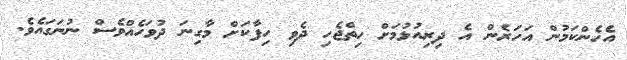
އެހެންކަމުން އަހަރެން އެ ދިރިއުޅުމަށް ހިތްޖެހި ދެވި ހިފާކަށް މާގިނަ ދުވަހެއްވެސް ނުނަގައެވެ.